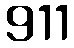
911